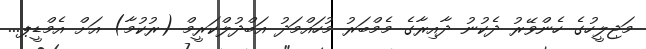
މަޖިލީހުގެ ހެންވޭރު ދެކުނު ދާއިރާގެ މެމްބަރު މުހައްމަދު އަބްދުލްކަރީމް (ރުކުމާ) އަށް އެމްޑީޕ...